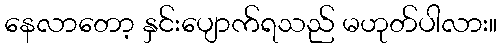
နေလာတော့ နှင်းပျောက်ရသည် မဟုတ်ပါလား။